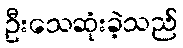
ဦးသေဆုံးခဲ့သည်